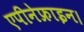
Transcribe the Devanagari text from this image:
एपीनेफ्राइन।